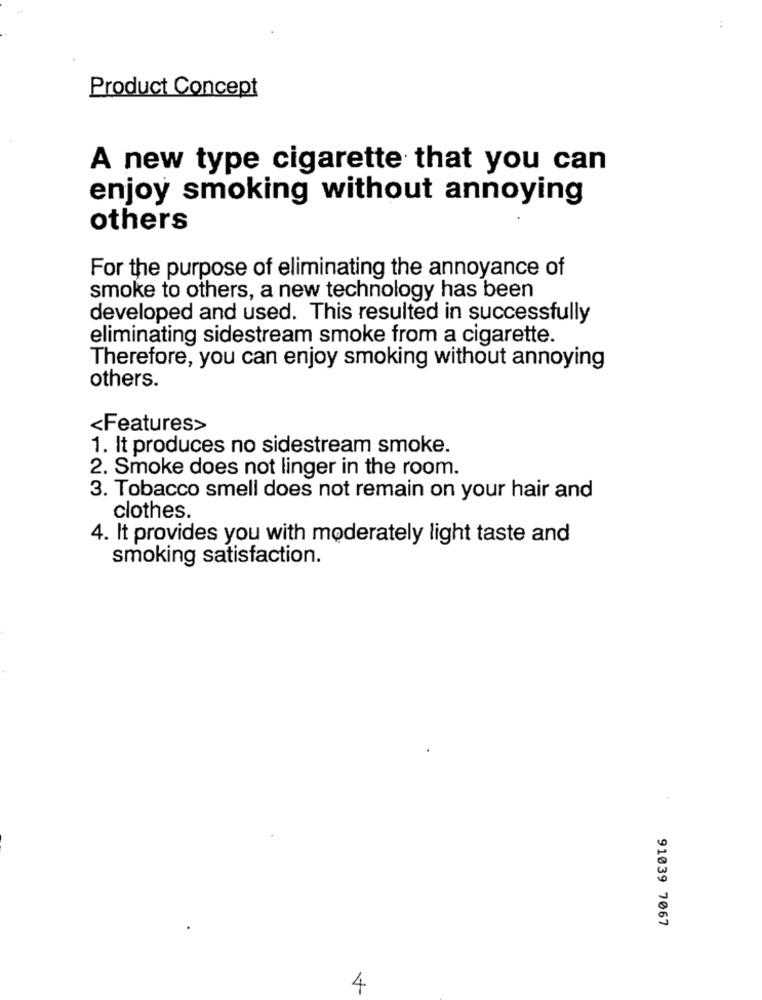
:
Product Concept
A new type cigarette that you can
enjoy smoking without annoying
others
For the purpose of eliminating the annoyance of
smoke to others, a new technology has been
developed and used. This resulted in successfully
eliminating sidestream smoke from a cigarette.
Therefore, you can enjoy smoking without annoying
others.
<Features>
1. It produces no sidestream smoke.
2. Smoke does not linger in the room.
3. Tobacco smell does not remain on your hair and
clothes.
4. It provides you with moderately light taste and
smoking satisfaction.
91039 7067
4